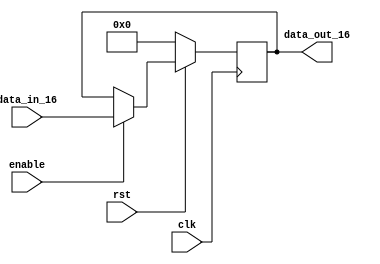

module Asyn_reg_16(
					input clk,
					input rst,
					input enable,
					input [15:0] data_in_16,
					output reg [15:0] data_out_16
					);
					
	always@( posedge clk) begin
		if(!rst)
			data_out_16 = 16'h0000;
		else begin
			if( !enable) begin
				data_out_16 = data_out_16;
			end
			else begin
				data_out_16 = data_in_16;
			end
		end
	
	
	end
endmodule